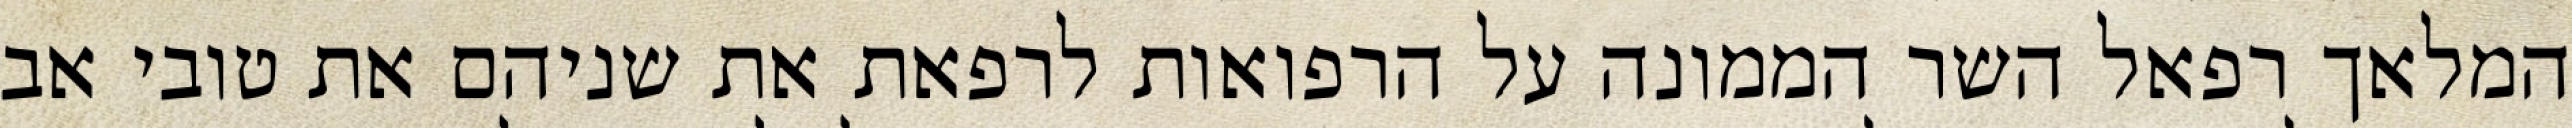
המלאך רפאל השר הממונה על הרפואות לרפאת את שניהם את טובי אב